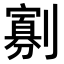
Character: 𭄖